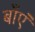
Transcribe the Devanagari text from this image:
बाँएं